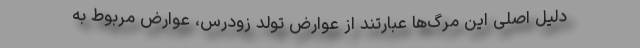
دلیل اصلی این مرگ‌ها عبارتند از عوارض تولد زودرس، عوارض مربوط به